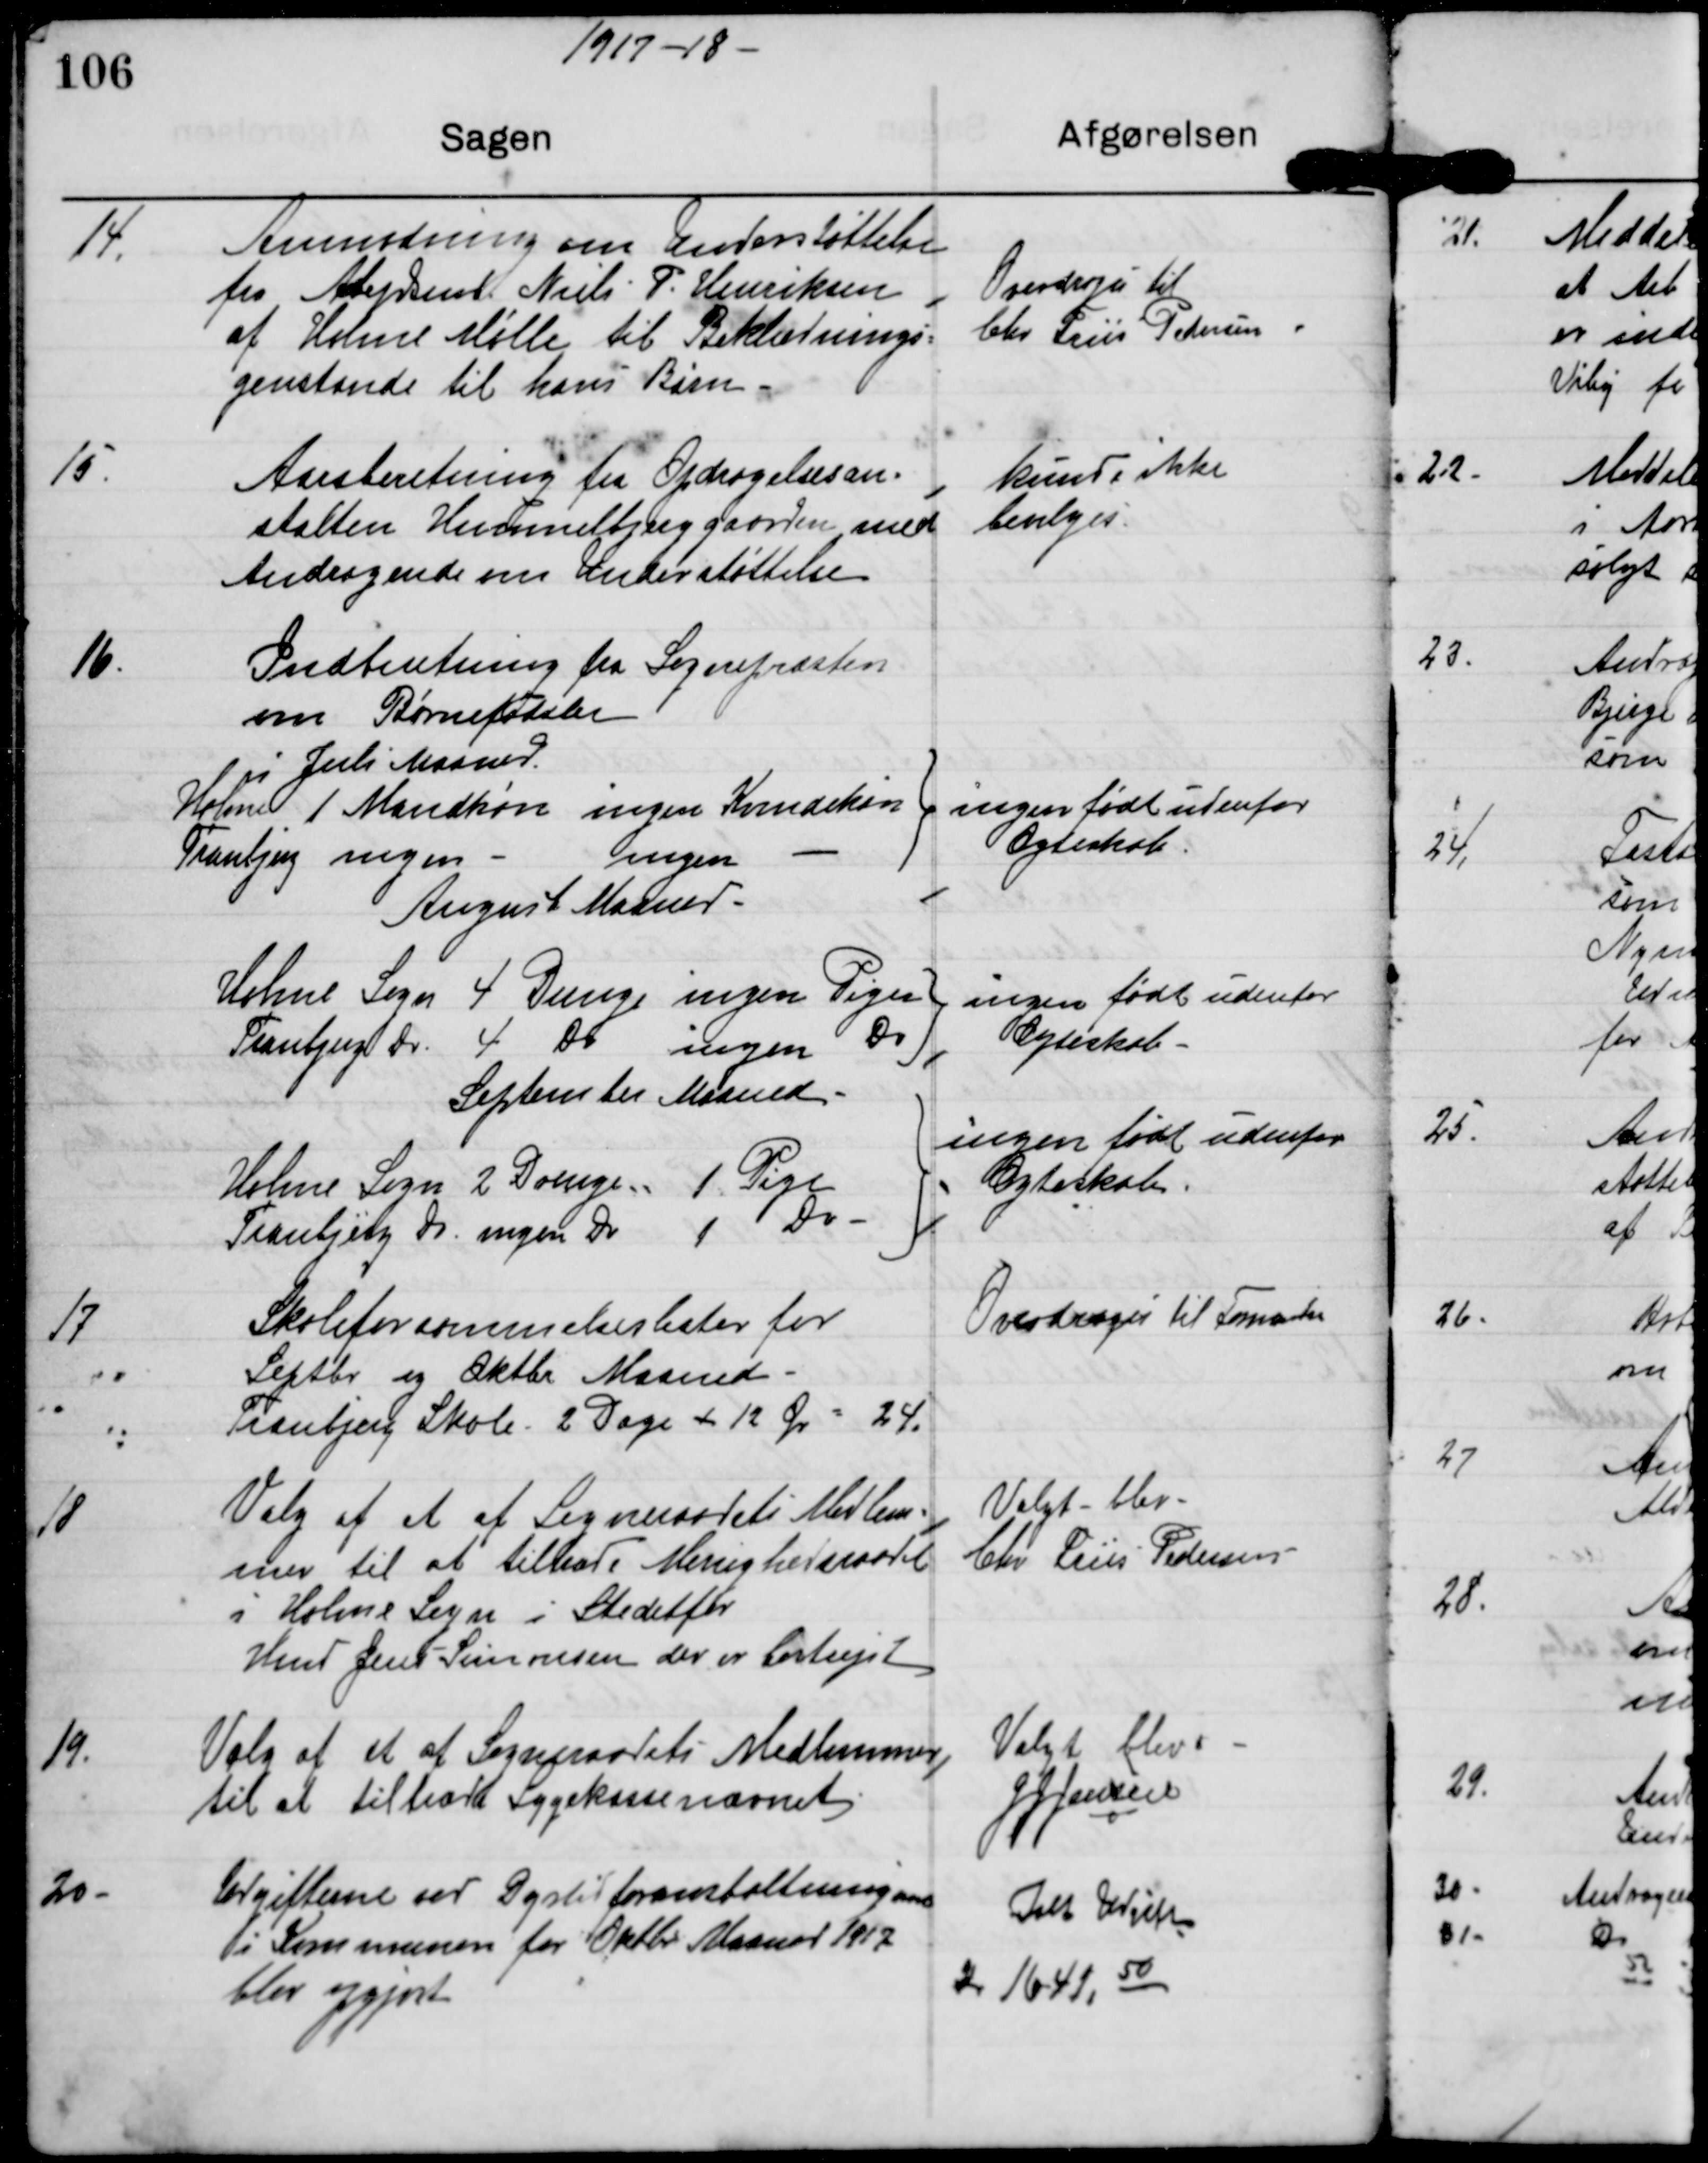
Transskription:
1917-18

14.

Anmodning om Understøttelse
fra Arbejdsmd. Niels P. Henriksen
af Holme Mølle til Beklædnings-
genstande til hans Børn -

Overdrages til
Chr Friis Pedersen

15.

Aarsberetning fra Opdragelsesan-
stalten Himmelbjerggaarden med
Andragende om Understøttelse

kunne ikke
bevilges

16.

Indberetning fra Sognepræsten
om Børnefødsler
i Juli Maaned

August Maaned

September Maaned

17

Skoleforsømmelseslister for
Septbr og Oktbr Maaned
Tranbjerg Skole 2 Dage x 12 Ør = 24

Overdrages til Formanden

18

Valg af et af Sogneraadets Medlem-
mer til at tiltræde Menighedsraadet
i Holme Sogn i stedetfor
Hmd Jens Simonsen der er bortrejst

Valgt blev
Chr Friis Pedersen

19.

Valg af et af Sogneraadets Medlemmer
til at tiltræde Sygekassenævnet.

Valgt blev 
J J Jensen

20.

udgifterne ved Dyrtidsforanstaltninger
i Kommunen for Oktbr Maaned 1917
blev opgjort

Ialt Udgifter
Kr 1641,50